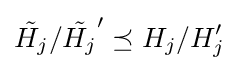
{\tilde {H_{j}}}/{\tilde {H_{j}}}'\preceq H_{j}/H_{j}'